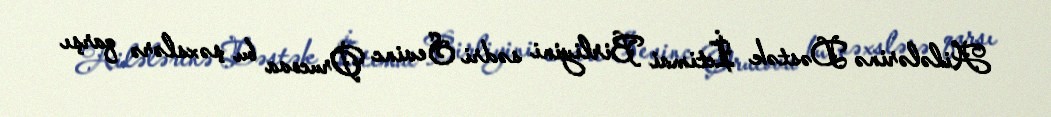
Ailələrinə Dəstək İctimai Birliyini sədri Sevinc Orucova bu şəxslərə qarşı